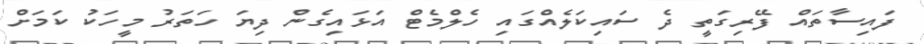
ފައިސާތައް ފޭރިގަތީ ދެ ސައިކަލެއްގައި ހެލްމެޓް އަޅައިގެން ދިޔަ ހަތަރު މީހަކު ކަމަށް